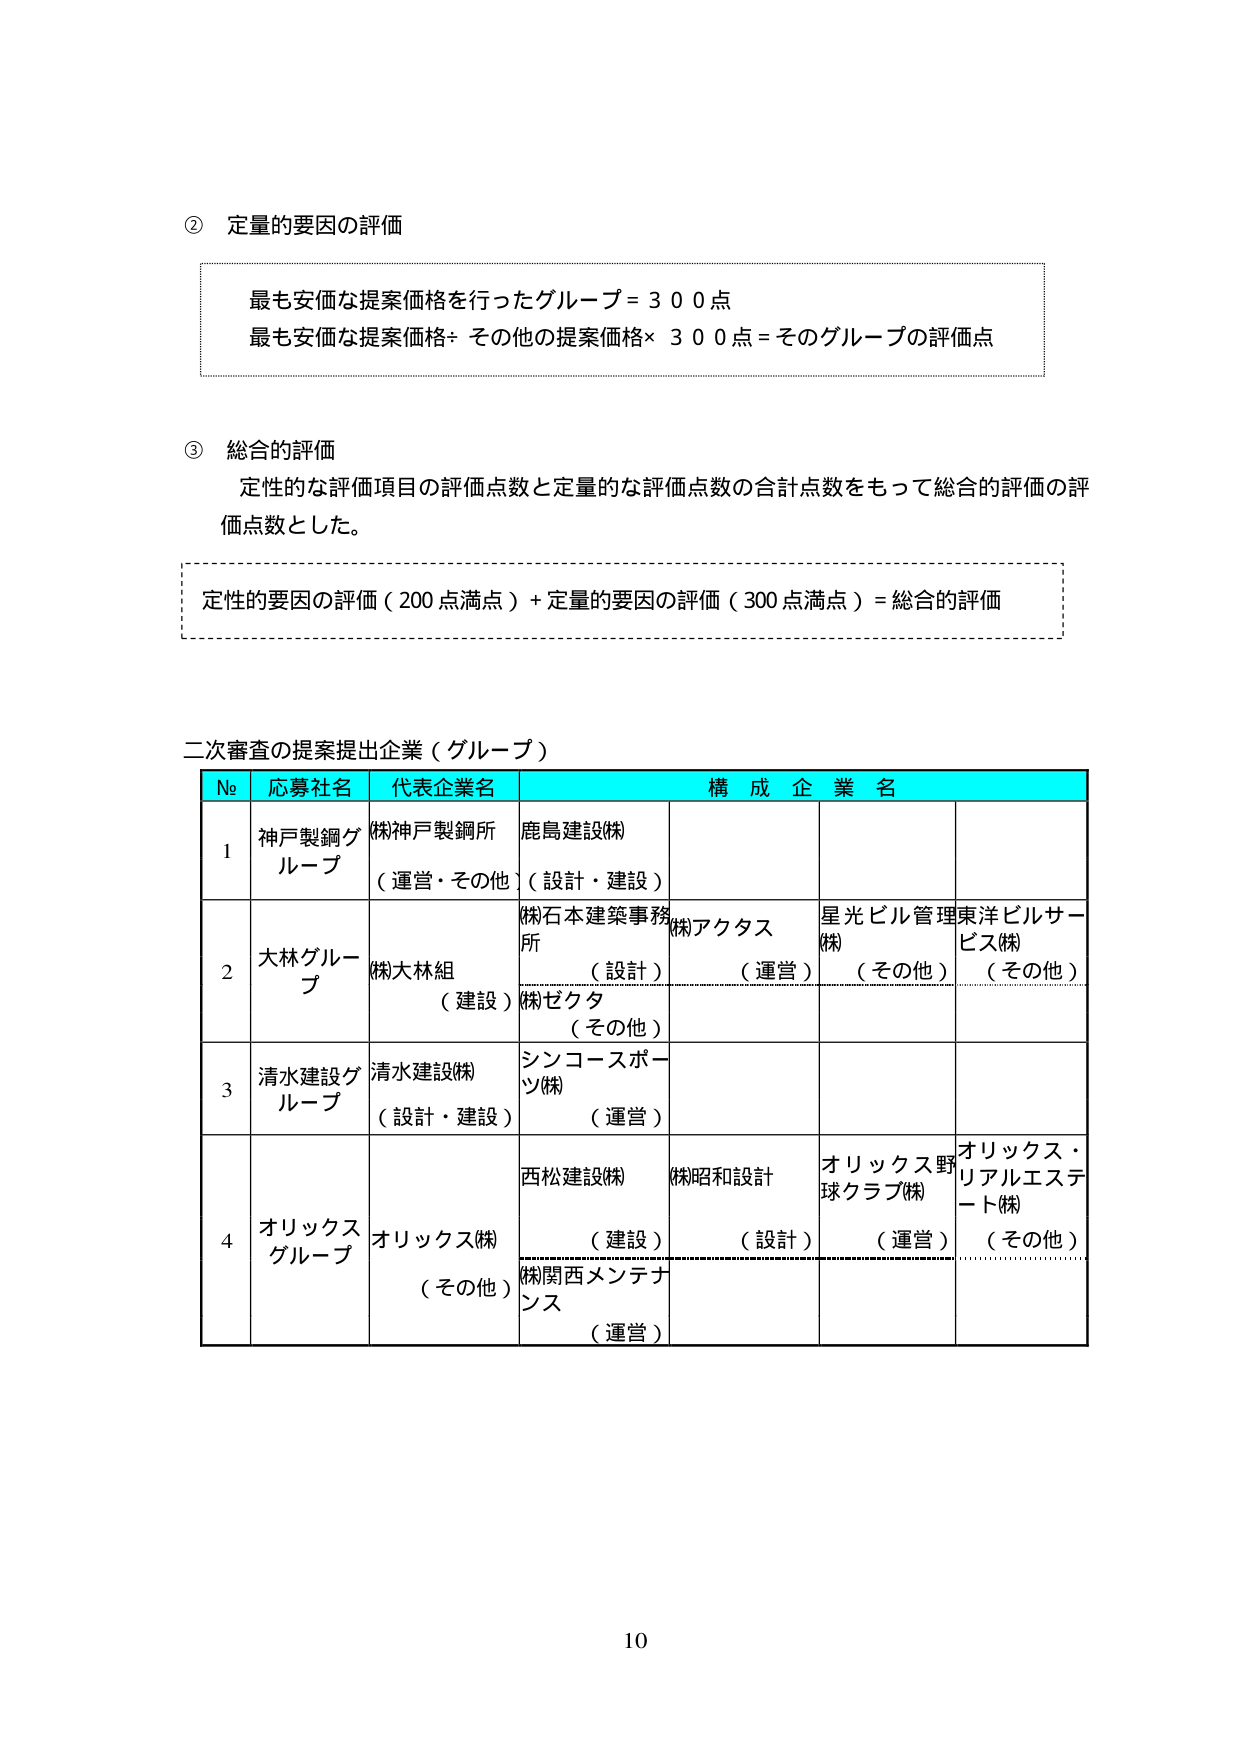
② 定量的要因の評価

最も安価な提案価格を行ったグループ = 300点
最も安価な提案価格 ÷ その他の提案価格 × 300点 = そのグループの評価点

③ 総合的評価
定性的な評価項目の評価点数と定量的な評価点数の合計点数をもって総合的評価の評価点数とした。

定性的要因の評価（200点満点）＋定量的要因の評価（300点満点）＝総合的評価

二次審査の提案提出企業（グループ）

| № | 応募社名 | 代表企業名 | 構成企業名 |
|---|----------|------------|------------|
| 1 | 神戸製鋼グループ | 株式会社神戸製鋼所（運営・その他） | 鹿島建設㈱（設計・建設） |
| 2 | 大林グループ | 株式会社大林組（建設） | 株式会社石本建築事務所（設計）<br>株式会社ゼクタ（その他） | 株式会社アクタス（運営） | 星光ビル管理㈱（その他） | 東洋ビルサービス㈱（その他） |
| 3 | 清水建設グループ | 清水建設㈱（設計・建設） | シンコースポーツ㈱（運営） |
| 4 | オリックスグループ | オリックス㈱（その他） | 西松建設㈱（建設）<br>株式会社関西メンテナンス（運営） | 株式会社昭和設計（設計） | オリックス野球クラブ㈱（運営） | オリックス・リアルエステート㈱（その他） |

10